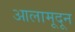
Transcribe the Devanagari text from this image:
आलामूदून